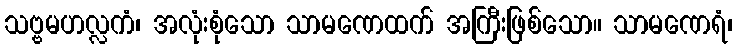
သဗ္ဗမဟလ္လကံ၊ အလုံးစုံသော သာမဏေထက် အကြီးဖြစ်သော။ သာမဏေရံ၊